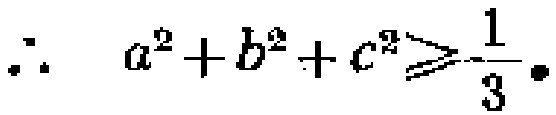
\(\therefore\ a^{2}+b^{2}+c^{2}\geqslant\frac{1}{3}\cdot\)